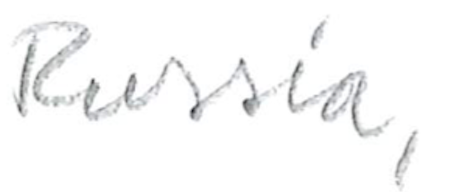
Text: Russia,
Cross-out: clean
Writing tool: pencil